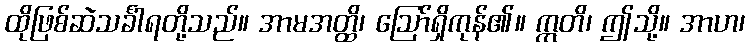
ထိုဖြစ်ဆဲသင်္ခါရတို့သည်။ အာမအတ္ထိ၊ ဩော်ရှိကုန်၏။ ဣတိ၊ ဤသို့။ အာဟ၊